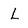
Character: L